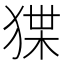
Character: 𤟬